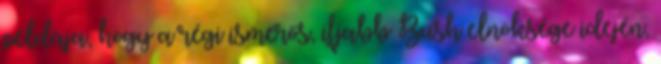
példája, hogy a régi ismerős, ifjabb Bush elnöksége idején,